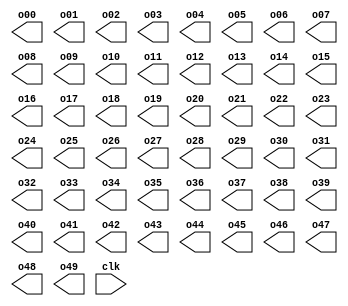
`timescale 1ns / 1ps
//////////////////////////////////////////////////////////////////////////////////
// Company: 
// Engineer: 
// 
// Design Name: 
// Module Name:    Inverse_of_Matrix 
// Project Name: 
// Target Devices: 
// Tool versions: 
// Description: 
//
// Dependencies: 
//
// Revision: 
// Revision 0.01 - File Created
// Additional Comments: 
//
//////////////////////////////////////////////////////////////////////////////////
module Inverse_of_Matrix(o00, o01, o02, o03, o04, o05, o06, o07, o08, o09, 
 o10, o11, o12, o13, o14, o15, o16, o17, o18, o19,
 o20, o21, o22, o23, o24, o25, o26, o27, o28, o29,
 o30, o31, o32, o33, o34, o35, o36, o37, o38, o39,
 o40, o41, o42, o43, o44, o45, o46, o47, o48, o49, clk);


output  reg signed[31:0] o00, o01, o02, o03, o04, o05, o06, o07, o08, o09;
output  reg signed [31:0] o10, o11, o12, o13, o14, o15, o16, o17, o18, o19;
output  reg signed [31:0] o20, o21, o22, o23, o24, o25, o26, o27, o28, o29;
output  reg signed [31:0] o30, o31, o32, o33, o34, o35, o36, o37, o38, o39;
output  reg signed [31:0] o40, o41, o42, o43, o44, o45, o46, o47, o48, o49;

input clk;

reg signed [31:0] Mat[49:0];

initial
begin
        
        Mat[0] <= 1; 
        Mat[1] <= 0; 
        Mat[2] <= 0; 
        Mat[3] <= 0; 
        Mat[4] <= 1; 
        Mat[5] <= 1; 
        Mat[6] <= 0; 
        Mat[7] <= 0; 
        Mat[8] <= 0; 
        Mat[9] <= 0;
        Mat[10] <= 0; 
        Mat[11] <= 1; 
        Mat[12] <= 3; 
        Mat[13] <= 0; 
        Mat[14] <= 0; 
        Mat[15] <= 0; 
        Mat[16] <= 1; 
        Mat[17] <= 0; 
        Mat[18] <= 0; 
        Mat[19] <= 0;
        Mat[20] <= 0; 
        Mat[21] <= 0; 
        Mat[22] <= 1; 
        Mat[23] <= 0; 
        Mat[24] <= 0; 
        Mat[25] <= 0; 
        Mat[26] <= 0; 
        Mat[27] <= 1; 
        Mat[28] <= 0; 
        Mat[29] <= 0;
        Mat[30] <= 0; 
        Mat[31] <= 1; 
        Mat[32] <= 0; 
        Mat[33] <= 1; 
        Mat[34] <= 0; 
        Mat[35] <= 0; 
        Mat[36] <= 0; 
        Mat[37] <= 0; 
        Mat[38] <= 1; 
        Mat[39] <= 0;
        Mat[40] <= 0; 
        Mat[41] <= 0; 
        Mat[42] <= 0; 
        Mat[43] <= 0; 
        Mat[44] <= 1; 
        Mat[45] <= 0; 
        Mat[46] <= 0; 
        Mat[47] <= 0; 
        Mat[48] <= 0; 
        Mat[49] <= 1;        

end

always@(posedge clk)
begin
    
    // for column 0 elements swapping
    
    if(Mat[0] == 0)
    begin
        if(Mat[10] == 0)
        begin
            if(Mat[20] == 0)
            begin
                if(Mat[30] == 0)
                begin
                    if(Mat[40] == 0)
                    begin
                    //    Matrix Not Invertible
                    end
                    else
                    begin
                        Mat[00] <= Mat[40];
                        Mat[01] <= Mat[41];
                        Mat[02] <= Mat[42];
                        Mat[03] <= Mat[43];
                        Mat[04] <= Mat[44];
                        Mat[05] <= Mat[45];
                        Mat[06] <= Mat[46];
                        Mat[07] <= Mat[47];
                        Mat[08] <= Mat[48];
                        Mat[09] <= Mat[49];
                        
                        Mat[40] <= Mat[00];
                        Mat[41] <= Mat[01];
                        Mat[42] <= Mat[02];
                        Mat[43] <= Mat[03];
                        Mat[44] <= Mat[04];
                        Mat[45] <= Mat[05];
                        Mat[46] <= Mat[06];
                        Mat[47] <= Mat[07];
                        Mat[48] <= Mat[08];
                        Mat[49] <= Mat[09];
                    end
                end
                else
                begin
                        Mat[00] <= Mat[30];
                        Mat[01] <= Mat[31];
                        Mat[02] <= Mat[32];
                        Mat[03] <= Mat[33];
                        Mat[04] <= Mat[34];
                        Mat[05] <= Mat[35];
                        Mat[06] <= Mat[36];
                        Mat[07] <= Mat[37];
                        Mat[08] <= Mat[38];
                        Mat[09] <= Mat[39];
                        
                        Mat[30] <= Mat[00];
                        Mat[31] <= Mat[01];
                        Mat[32] <= Mat[02];
                        Mat[33] <= Mat[03];
                        Mat[34] <= Mat[04];
                        Mat[35] <= Mat[05];
                        Mat[36] <= Mat[06];
                        Mat[37] <= Mat[07];
                        Mat[38] <= Mat[08];
                        Mat[39] <= Mat[09];                
                end
            end
            else
            begin
                        Mat[00] <= Mat[20];
                        Mat[01] <= Mat[21];
                        Mat[02] <= Mat[22];
                        Mat[03] <= Mat[23];
                        Mat[04] <= Mat[24];
                        Mat[05] <= Mat[25];
                        Mat[06] <= Mat[26];
                        Mat[07] <= Mat[27];
                        Mat[08] <= Mat[28];
                        Mat[09] <= Mat[29];
                        
                        Mat[20] <= Mat[00];
                        Mat[21] <= Mat[01];
                        Mat[22] <= Mat[02];
                        Mat[23] <= Mat[03];
                        Mat[24] <= Mat[04];
                        Mat[25] <= Mat[05];
                        Mat[26] <= Mat[06];
                        Mat[27] <= Mat[07];
                        Mat[28] <= Mat[08];
                        Mat[29] <= Mat[09];            
            end
        end
        else
        begin
                        Mat[00] <= Mat[10];
                        Mat[01] <= Mat[11];
                        Mat[02] <= Mat[12];
                        Mat[03] <= Mat[13];
                        Mat[04] <= Mat[14];
                        Mat[05] <= Mat[15];
                        Mat[06] <= Mat[16];
                        Mat[07] <= Mat[17];
                        Mat[08] <= Mat[18];
                        Mat[09] <= Mat[19];
                        
                        Mat[10] <= Mat[00];
                        Mat[11] <= Mat[01];
                        Mat[12] <= Mat[02];
                        Mat[13] <= Mat[03];
                        Mat[14] <= Mat[04];
                        Mat[15] <= Mat[05];
                        Mat[16] <= Mat[06];
                        Mat[17] <= Mat[07];
                        Mat[18] <= Mat[08];
                        Mat[19] <= Mat[09];        
        end
    end
    
    //    zeroing elements under column 1 pivot
    
    if(Mat[10] != 0)
    begin
    //    substract row 1
    Mat[10] <= Mat[10] * Mat[00] - Mat[00] * Mat[10];
    Mat[11] <= Mat[11] * Mat[00] - Mat[01] * Mat[10];
    Mat[12] <= Mat[12] * Mat[00] - Mat[02] * Mat[10];
    Mat[13] <= Mat[13] * Mat[00] - Mat[03] * Mat[10];
    Mat[14] <= Mat[14] * Mat[00] - Mat[04] * Mat[10];
    Mat[15] <= Mat[15] * Mat[00] - Mat[05] * Mat[10];
    Mat[16] <= Mat[16] * Mat[00] - Mat[06] * Mat[10];
    Mat[17] <= Mat[17] * Mat[00] - Mat[07] * Mat[10];
    Mat[18] <= Mat[18] * Mat[00] - Mat[08] * Mat[10];
    Mat[19] <= Mat[19] * Mat[00] - Mat[09] * Mat[10];
    end
    
    if(Mat[20] != 0)
    begin
    //    substract row 2
    Mat[20] <= Mat[20] * Mat[00] - Mat[00] * Mat[20];
    Mat[21] <= Mat[21] * Mat[00] - Mat[01] * Mat[20];
    Mat[22] <= Mat[22] * Mat[00] - Mat[02] * Mat[20];
    Mat[23] <= Mat[23] * Mat[00] - Mat[03] * Mat[20];
    Mat[24] <= Mat[24] * Mat[00] - Mat[04] * Mat[20];
    Mat[25] <= Mat[25] * Mat[00] - Mat[05] * Mat[20];
    Mat[26] <= Mat[26] * Mat[00] - Mat[06] * Mat[20];
    Mat[27] <= Mat[27] * Mat[00] - Mat[07] * Mat[20];
    Mat[28] <= Mat[28] * Mat[00] - Mat[08] * Mat[20];
    Mat[29] <= Mat[29] * Mat[00] - Mat[09] * Mat[20];
    end
    
    if(Mat[30] != 0)
    begin
    //    substract row 3
    Mat[30] <= Mat[30] * Mat[00] - Mat[00] * Mat[30];
    Mat[31] <= Mat[31] * Mat[00] - Mat[01] * Mat[30];
    Mat[32] <= Mat[32] * Mat[00] - Mat[02] * Mat[30];
    Mat[33] <= Mat[33] * Mat[00] - Mat[03] * Mat[30];
    Mat[34] <= Mat[34] * Mat[00] - Mat[04] * Mat[30];
    Mat[35] <= Mat[35] * Mat[00] - Mat[05] * Mat[30];
    Mat[36] <= Mat[36] * Mat[00] - Mat[06] * Mat[30];
    Mat[37] <= Mat[37] * Mat[00] - Mat[07] * Mat[30];
    Mat[38] <= Mat[38] * Mat[00] - Mat[08] * Mat[30];
    Mat[39] <= Mat[39] * Mat[00] - Mat[09] * Mat[30];
    end
    
    if(Mat[40] != 0)
    begin
    //    substract row 4
    Mat[40] <= Mat[40] * Mat[00] - Mat[00] * Mat[40];
    Mat[41] <= Mat[41] * Mat[00] - Mat[01] * Mat[40];
    Mat[42] <= Mat[42] * Mat[00] - Mat[02] * Mat[40];
    Mat[43] <= Mat[43] * Mat[00] - Mat[03] * Mat[40];
    Mat[44] <= Mat[44] * Mat[00] - Mat[04] * Mat[40];
    Mat[45] <= Mat[45] * Mat[00] - Mat[05] * Mat[40];
    Mat[46] <= Mat[46] * Mat[00] - Mat[06] * Mat[40];
    Mat[47] <= Mat[47] * Mat[00] - Mat[07] * Mat[40];
    Mat[48] <= Mat[48] * Mat[00] - Mat[08] * Mat[40];
    Mat[49] <= Mat[49] * Mat[00] - Mat[09] * Mat[40];
    end
    
    
    //    for column 1 elements swapping
    
    if(Mat[11] == 0)
    begin
        if(Mat[21] == 0)
        begin
            if(Mat[31] == 0)
            begin
                if(Mat[41] == 0)
                begin
                    //    Matrix Not Invertible
                end
                else
                begin
                        Mat[10] <= Mat[40];
                        Mat[11] <= Mat[41];
                        Mat[12] <= Mat[42];
                        Mat[13] <= Mat[43];
                        Mat[14] <= Mat[44];
                        Mat[15] <= Mat[45];
                        Mat[16] <= Mat[46];
                        Mat[17] <= Mat[47];
                        Mat[18] <= Mat[48];
                        Mat[19] <= Mat[49];
                        
                        Mat[40] <= Mat[10];
                        Mat[41] <= Mat[11];
                        Mat[42] <= Mat[12];
                        Mat[43] <= Mat[13];
                        Mat[44] <= Mat[14];
                        Mat[45] <= Mat[15];
                        Mat[46] <= Mat[16];
                        Mat[47] <= Mat[17];
                        Mat[48] <= Mat[18];
                        Mat[49] <= Mat[19];                    
                end
            end
            else
            begin
                        Mat[10] <= Mat[30];
                        Mat[11] <= Mat[31];
                        Mat[12] <= Mat[32];
                        Mat[13] <= Mat[33];
                        Mat[14] <= Mat[34];
                        Mat[15] <= Mat[35];
                        Mat[16] <= Mat[36];
                        Mat[17] <= Mat[37];
                        Mat[18] <= Mat[38];
                        Mat[19] <= Mat[39];
                        
                        Mat[30] <= Mat[10];
                        Mat[31] <= Mat[11];
                        Mat[32] <= Mat[12];
                        Mat[33] <= Mat[13];
                        Mat[34] <= Mat[14];
                        Mat[35] <= Mat[15];
                        Mat[36] <= Mat[16];
                        Mat[37] <= Mat[17];
                        Mat[38] <= Mat[18];
                        Mat[39] <= Mat[19];                
            end
        end
        else
        begin
                        Mat[10] <= Mat[20];
                        Mat[11] <= Mat[21];
                        Mat[12] <= Mat[22];
                        Mat[13] <= Mat[23];
                        Mat[14] <= Mat[24];
                        Mat[15] <= Mat[25];
                        Mat[16] <= Mat[26];
                        Mat[17] <= Mat[27];
                        Mat[18] <= Mat[28];
                        Mat[19] <= Mat[29];
                        
                        Mat[20] <= Mat[10];
                        Mat[21] <= Mat[11];
                        Mat[22] <= Mat[12];
                        Mat[23] <= Mat[13];
                        Mat[24] <= Mat[14];
                        Mat[25] <= Mat[15];
                        Mat[26] <= Mat[16];
                        Mat[27] <= Mat[17];
                        Mat[28] <= Mat[18];
                        Mat[29] <= Mat[19];        
        end
    end
    
    if(Mat[21] != 0)
    begin
    //    substract row 2
    Mat[20] <= Mat[20] * Mat[11] - Mat[10] * Mat[21];
    Mat[21] <= Mat[21] * Mat[11] - Mat[11] * Mat[21];
    Mat[22] <= Mat[22] * Mat[11] - Mat[12] * Mat[21];
    Mat[23] <= Mat[23] * Mat[11] - Mat[13] * Mat[21];
    Mat[24] <= Mat[24] * Mat[11] - Mat[14] * Mat[21];
    Mat[25] <= Mat[25] * Mat[11] - Mat[15] * Mat[21];
    Mat[26] <= Mat[26] * Mat[11] - Mat[16] * Mat[21];
    Mat[27] <= Mat[27] * Mat[11] - Mat[17] * Mat[21];
    Mat[28] <= Mat[28] * Mat[11] - Mat[18] * Mat[21];
    Mat[29] <= Mat[29] * Mat[11] - Mat[19] * Mat[21];
    end
    
    if(Mat[31] != 0)
    begin
    //    substract row 3
    Mat[30] <= Mat[30] * Mat[11] - Mat[10] * Mat[31];
    Mat[31] <= Mat[31] * Mat[11] - Mat[11] * Mat[31];
    Mat[32] <= Mat[32] * Mat[11] - Mat[12] * Mat[31];
    Mat[33] <= Mat[33] * Mat[11] - Mat[13] * Mat[31];
    Mat[34] <= Mat[34] * Mat[11] - Mat[14] * Mat[31];
    Mat[35] <= Mat[35] * Mat[11] - Mat[15] * Mat[31];
    Mat[36] <= Mat[36] * Mat[11] - Mat[16] * Mat[31];
    Mat[37] <= Mat[37] * Mat[11] - Mat[17] * Mat[31];
    Mat[38] <= Mat[38] * Mat[11] - Mat[18] * Mat[31];
    Mat[39] <= Mat[39] * Mat[11] - Mat[19] * Mat[31];
    end
    
    if(Mat[41] != 0)
    begin
    //    substract row 4
    Mat[40] <= Mat[40] * Mat[11] - Mat[10] * Mat[41];
    Mat[41] <= Mat[41] * Mat[11] - Mat[11] * Mat[41];
    Mat[42] <= Mat[42] * Mat[11] - Mat[12] * Mat[41];
    Mat[43] <= Mat[43] * Mat[11] - Mat[13] * Mat[41];
    Mat[44] <= Mat[44] * Mat[11] - Mat[14] * Mat[41];
    Mat[45] <= Mat[45] * Mat[11] - Mat[15] * Mat[41];
    Mat[46] <= Mat[46] * Mat[11] - Mat[16] * Mat[41];
    Mat[47] <= Mat[47] * Mat[11] - Mat[17] * Mat[41];
    Mat[48] <= Mat[48] * Mat[11] - Mat[18] * Mat[41];
    Mat[49] <= Mat[49] * Mat[11] - Mat[19] * Mat[41];
    end    
    
    // for column 2 swapping elements
    
    if(Mat[22] == 0)
    begin
        if(Mat[32] == 0)
        begin
            if(Mat[42] == 0)
            begin
                //    Matrix Not Invertible
            end
            else
            begin
                        Mat[20] <= Mat[40];
                        Mat[21] <= Mat[41];
                        Mat[22] <= Mat[42];
                        Mat[23] <= Mat[43];
                        Mat[24] <= Mat[44];
                        Mat[25] <= Mat[45];
                        Mat[26] <= Mat[46];
                        Mat[27] <= Mat[47];
                        Mat[28] <= Mat[48];
                        Mat[29] <= Mat[49];
                        
                        Mat[40] <= Mat[20];
                        Mat[41] <= Mat[21];
                        Mat[42] <= Mat[22];
                        Mat[43] <= Mat[23];
                        Mat[44] <= Mat[24];
                        Mat[45] <= Mat[25];
                        Mat[46] <= Mat[26];
                        Mat[47] <= Mat[27];
                        Mat[48] <= Mat[28];
                        Mat[49] <= Mat[29];                
            end
        end
        else
        begin
                        Mat[20] <= Mat[30];
                        Mat[21] <= Mat[31];
                        Mat[22] <= Mat[32];
                        Mat[23] <= Mat[33];
                        Mat[24] <= Mat[34];
                        Mat[25] <= Mat[35];
                        Mat[26] <= Mat[36];
                        Mat[27] <= Mat[37];
                        Mat[28] <= Mat[38];
                        Mat[29] <= Mat[39];
                        
                        Mat[30] <= Mat[20];
                        Mat[31] <= Mat[21];
                        Mat[32] <= Mat[22];
                        Mat[33] <= Mat[23];
                        Mat[34] <= Mat[24];
                        Mat[35] <= Mat[25];
                        Mat[36] <= Mat[26];
                        Mat[37] <= Mat[27];
                        Mat[38] <= Mat[28];
                        Mat[39] <= Mat[29];                    
        end
    end
    
    
    
    if(Mat[32] != 0)
    begin
    //    substract row 3
    Mat[30] <= Mat[30] * Mat[22] - Mat[20] * Mat[32];
    Mat[31] <= Mat[31] * Mat[22] - Mat[21] * Mat[32];
    Mat[32] <= Mat[32] * Mat[22] - Mat[22] * Mat[32];
    Mat[33] <= Mat[33] * Mat[22] - Mat[23] * Mat[32];
    Mat[34] <= Mat[34] * Mat[22] - Mat[24] * Mat[32];
    Mat[35] <= Mat[35] * Mat[22] - Mat[25] * Mat[32];
    Mat[36] <= Mat[36] * Mat[22] - Mat[26] * Mat[32];
    Mat[37] <= Mat[37] * Mat[22] - Mat[27] * Mat[32];
    Mat[38] <= Mat[38] * Mat[22] - Mat[28] * Mat[32];
    Mat[39] <= Mat[39] * Mat[22] - Mat[29] * Mat[32];
    end
    
    if(Mat[42] != 0)
    begin
    //    substract row 4
    Mat[40] <= Mat[40] * Mat[22] - Mat[20] * Mat[42];
    Mat[41] <= Mat[41] * Mat[22] - Mat[21] * Mat[42];
    Mat[42] <= Mat[42] * Mat[22] - Mat[22] * Mat[42];
    Mat[43] <= Mat[43] * Mat[22] - Mat[23] * Mat[42];
    Mat[44] <= Mat[44] * Mat[22] - Mat[24] * Mat[42];
    Mat[45] <= Mat[45] * Mat[22] - Mat[25] * Mat[42];
    Mat[46] <= Mat[46] * Mat[22] - Mat[26] * Mat[42];
    Mat[47] <= Mat[47] * Mat[22] - Mat[27] * Mat[42];
    Mat[48] <= Mat[48] * Mat[22] - Mat[28] * Mat[42];
    Mat[49] <= Mat[49] * Mat[22] - Mat[29] * Mat[42];
    end    

    //    for column 3 elements swapping
    
    if(Mat[33] == 0)
    begin
        if(Mat[43] == 0)
        begin
        //    Matrix Not Invertible
        end
        else
        begin
                        Mat[30] <= Mat[40];
                        Mat[31] <= Mat[41];
                        Mat[32] <= Mat[42];
                        Mat[33] <= Mat[43];
                        Mat[34] <= Mat[44];
                        Mat[35] <= Mat[45];
                        Mat[36] <= Mat[46];
                        Mat[37] <= Mat[47];
                        Mat[38] <= Mat[48];
                        Mat[39] <= Mat[49];
                        
                        Mat[40] <= Mat[30];
                        Mat[41] <= Mat[31];
                        Mat[42] <= Mat[32];
                        Mat[43] <= Mat[33];
                        Mat[44] <= Mat[34];
                        Mat[45] <= Mat[35];
                        Mat[46] <= Mat[36];
                        Mat[47] <= Mat[37];
                        Mat[48] <= Mat[38];
                        Mat[49] <= Mat[39];                
        end
    end
    
    if(Mat[43] != 0)
    begin
    //    substract row 4
    Mat[40] <= Mat[40] * Mat[33] - Mat[30] * Mat[43];
    Mat[41] <= Mat[41] * Mat[33] - Mat[31] * Mat[43];
    Mat[42] <= Mat[42] * Mat[33] - Mat[32] * Mat[43];
    Mat[43] <= Mat[43] * Mat[33] - Mat[33] * Mat[43];
    Mat[44] <= Mat[44] * Mat[33] - Mat[34] * Mat[43];
    Mat[45] <= Mat[45] * Mat[33] - Mat[35] * Mat[43];
    Mat[46] <= Mat[46] * Mat[33] - Mat[36] * Mat[43];
    Mat[47] <= Mat[47] * Mat[33] - Mat[37] * Mat[43];
    Mat[48] <= Mat[48] * Mat[33] - Mat[38] * Mat[43];
    Mat[49] <= Mat[49] * Mat[33] - Mat[39] * Mat[43];
    end    
    
    //    for column 4 elements swapping
    
    if(Mat[44] == 0)
    begin
        // Matrix Not Invertible
    end
    else 
    begin
    Mat[34] <= Mat[34] * Mat[44] - Mat[34] * Mat[44];
    Mat[35] <= Mat[35] * Mat[44] - Mat[34] * Mat[45];
    Mat[36] <= Mat[36] * Mat[44] - Mat[34] * Mat[46];
    Mat[37] <= Mat[37] * Mat[44] - Mat[34] * Mat[47];
    Mat[38] <= Mat[38] * Mat[44] - Mat[34] * Mat[48];
    Mat[39] <= Mat[39] * Mat[44] - Mat[34] * Mat[49];
    
    Mat[24] <= Mat[24] * Mat[44] - Mat[24] * Mat[44];
    Mat[25] <= Mat[25] * Mat[44] - Mat[24] * Mat[45];
    Mat[26] <= Mat[26] * Mat[44] - Mat[24] * Mat[46];
    Mat[27] <= Mat[27] * Mat[44] - Mat[24] * Mat[47];
    Mat[28] <= Mat[28] * Mat[44] - Mat[24] * Mat[48];
    Mat[29] <= Mat[29] * Mat[44] - Mat[24] * Mat[49];
    
    Mat[14] <= Mat[14] * Mat[44] - Mat[14] * Mat[44];
    Mat[15] <= Mat[15] * Mat[44] - Mat[14] * Mat[45];
    Mat[16] <= Mat[16] * Mat[44] - Mat[14] * Mat[46];
    Mat[17] <= Mat[17] * Mat[44] - Mat[14] * Mat[47];
    Mat[18] <= Mat[18] * Mat[44] - Mat[14] * Mat[48];
    Mat[19] <= Mat[19] * Mat[44] - Mat[14] * Mat[49];
    
    Mat[04] <= Mat[04] * Mat[44] - Mat[04] * Mat[44];
    Mat[05] <= Mat[05] * Mat[44] - Mat[04] * Mat[45];
    Mat[06] <= Mat[06] * Mat[44] - Mat[04] * Mat[46];
    Mat[07] <= Mat[07] * Mat[44] - Mat[04] * Mat[47];
    Mat[08] <= Mat[08] * Mat[44] - Mat[04] * Mat[48];
    Mat[09] <= Mat[09] * Mat[44] - Mat[04] * Mat[49];
    
    end
    if(Mat[33]==0)
    begin
        //Inverse doesnot excist
    end
    else
    begin
    Mat[23] <= Mat[23] * Mat[33] - Mat[23] * Mat[33];
    Mat[24] <= Mat[24] * Mat[33] - Mat[23] * Mat[34];
    Mat[25] <= Mat[25] * Mat[33] - Mat[23] * Mat[35];
    Mat[26] <= Mat[26] * Mat[33] - Mat[23] * Mat[36];
    Mat[27] <= Mat[27] * Mat[33] - Mat[23] * Mat[37];
    Mat[28] <= Mat[28] * Mat[33] - Mat[23] * Mat[38];
    Mat[29] <= Mat[29] * Mat[33] - Mat[23] * Mat[39];
    
    Mat[13] <= Mat[13] * Mat[33] - Mat[13] * Mat[33];
    Mat[14] <= Mat[14] * Mat[33] - Mat[13] * Mat[34];
    Mat[15] <= Mat[15] * Mat[33] - Mat[13] * Mat[35];
    Mat[16] <= Mat[16] * Mat[33] - Mat[13] * Mat[36];
    Mat[17] <= Mat[17] * Mat[33] - Mat[13] * Mat[37];
    Mat[18] <= Mat[18] * Mat[33] - Mat[13] * Mat[38];
    Mat[19] <= Mat[19] * Mat[33] - Mat[13] * Mat[39];
    
    Mat[03] <= Mat[03] * Mat[33] - Mat[03] * Mat[33];
    Mat[04] <= Mat[04] * Mat[33] - Mat[03] * Mat[34];
    Mat[05] <= Mat[05] * Mat[33] - Mat[03] * Mat[35];
    Mat[06] <= Mat[06] * Mat[33] - Mat[03] * Mat[36];
    Mat[07] <= Mat[07] * Mat[33] - Mat[03] * Mat[37];
    Mat[08] <= Mat[08] * Mat[33] - Mat[03] * Mat[38];
    Mat[09] <= Mat[09] * Mat[33] - Mat[03] * Mat[39];
    end
    
    if(Mat[22]==0)
    begin
        //Inverse does not exist
    end
    else
    begin
    Mat[12] <= Mat[12] * Mat[22] - Mat[12] * Mat[22];
    Mat[13] <= Mat[13] * Mat[22] - Mat[12] * Mat[23];
    Mat[14] <= Mat[14] * Mat[22] - Mat[12] * Mat[24];
    Mat[15] <= Mat[15] * Mat[22] - Mat[12] * Mat[25];
    Mat[16] <= Mat[16] * Mat[22] - Mat[12] * Mat[26];
    Mat[17] <= Mat[17] * Mat[22] - Mat[12] * Mat[27];
    Mat[18] <= Mat[18] * Mat[22] - Mat[12] * Mat[28];
    Mat[19] <= Mat[19] * Mat[22] - Mat[12] * Mat[29];
    
    Mat[02] <= Mat[02] * Mat[22] - Mat[02] * Mat[22];
    Mat[03] <= Mat[03] * Mat[22] - Mat[02] * Mat[23];
    Mat[04] <= Mat[04] * Mat[22] - Mat[02] * Mat[24];
    Mat[05] <= Mat[05] * Mat[22] - Mat[02] * Mat[25];
    Mat[06] <= Mat[06] * Mat[22] - Mat[02] * Mat[26];
    Mat[07] <= Mat[07] * Mat[22] - Mat[02] * Mat[27];
    Mat[08] <= Mat[08] * Mat[22] - Mat[02] * Mat[28];
    Mat[09] <= Mat[09] * Mat[22] - Mat[02] * Mat[29];
   end
    
  if(Mat[11]==0)
    begin
        //Inverse does not exist
    end
    else
    begin
    Mat[01] <= Mat[01] * Mat[11] - Mat[01] * Mat[11];
   Mat[02] <= Mat[02] * Mat[11] - Mat[01] * Mat[12];
    Mat[03] <= Mat[03] * Mat[11] - Mat[01] * Mat[13];
    Mat[04] <= Mat[04] * Mat[11] - Mat[01] * Mat[14];
    Mat[05] <= Mat[05] * Mat[11] - Mat[01] * Mat[15];
    Mat[06] <= Mat[06] * Mat[11] - Mat[01] * Mat[16];
    Mat[07] <= Mat[07] * Mat[11] - Mat[01] * Mat[17];
    Mat[08] <= Mat[08] * Mat[11] - Mat[01] * Mat[18];
    Mat[09] <= Mat[09] * Mat[11] - Mat[01] * Mat[19];
    end
    
end

endmodule